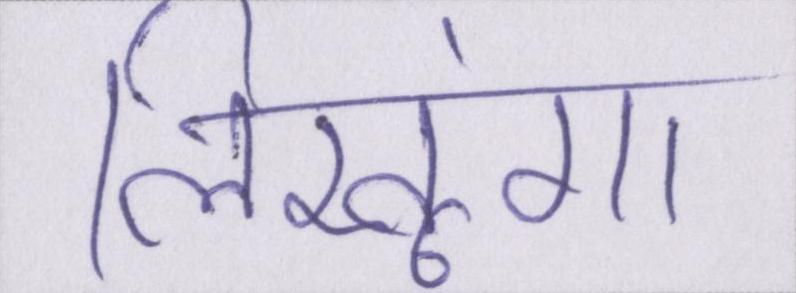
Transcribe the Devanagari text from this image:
लिखूंगा